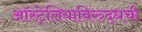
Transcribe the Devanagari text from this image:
ऑस्ट्रेलियाविरुद्धची